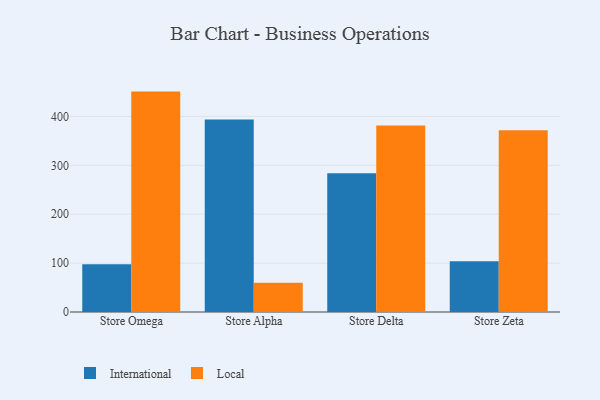
{"axis": {"x": "Store", "y": "Population (Million)"}, "legend": ["International", "Local"], "data": [{"x": "Store Omega", "y": 97.5, "type": "International"}, {"x": "Store Omega", "y": 450.8, "type": "Local"}, {"x": "Store Alpha", "y": 393.7, "type": "International"}, {"x": "Store Alpha", "y": 59.7, "type": "Local"}, {"x": "Store Delta", "y": 283.9, "type": "International"}, {"x": "Store Delta", "y": 381.4, "type": "Local"}, {"x": "Store Zeta", "y": 103.8, "type": "International"}, {"x": "Store Zeta", "y": 371.6, "type": "Local"}]}